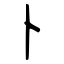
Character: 卜